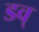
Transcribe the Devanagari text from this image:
डव्